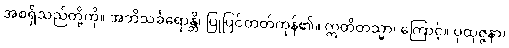
အစရှိသည်တို့ကို။ အဘိသင်္ခရောန္တိ၊ ပြုပြင်တတ်ကုန်၏။ ဣတိတသ္မာ၊ ကြောင့်။ ပုထုဇ္ဇနာ၊